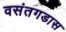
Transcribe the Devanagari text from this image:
वसंतगडास